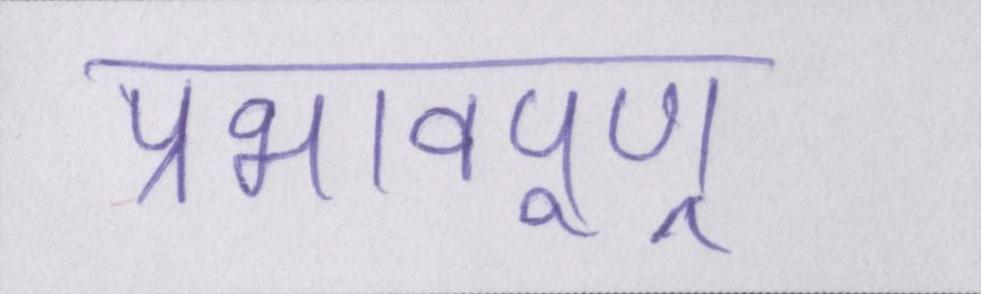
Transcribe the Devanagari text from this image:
प्रभावपूण्र